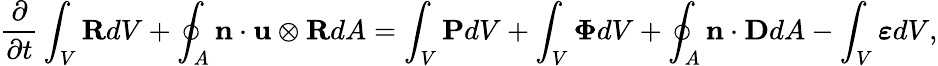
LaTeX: \frac{\partial}{\partial t}\int_{V}\mathbf{R}dV+\oint_{A}\mathbf{n}\cdot\mathbf{u}\otimes\mathbf{R}dA=\int_{V}\mathbf{P}dV+\int_{V}\mathbf{\Phi}dV+\oint_{A}\mathbf{n}\cdot\mathbf{D}dA-\int_{V}\boldsymbol{\varepsilon}dV,